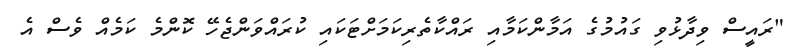
"ރައީސް ވިދާޅުވި ގައުމުގެ އަމާންކަމާއި ރައްކާތެރިކަމަށްޓަކައި ކުރައްވަންޖެހޭ ކޮންމެ ކަމެއް ވެސް އެ